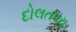
દોલતપરા